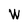
Character: W